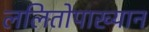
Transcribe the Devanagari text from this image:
ललितोपाख्यान